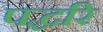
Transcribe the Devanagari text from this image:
पद्धरि